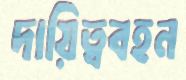
দায়িত্ববহন